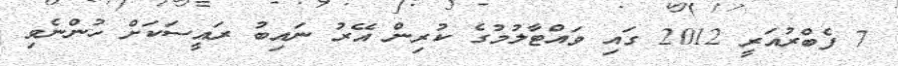
7 ފެބްރުއަރީ 2012 ގައި ވައްޓާލުމުގެ ކުރިން އޭރު ނައިބު ރައީސަކަށް ހުންނެވި